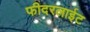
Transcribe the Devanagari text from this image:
फीदरलाईट